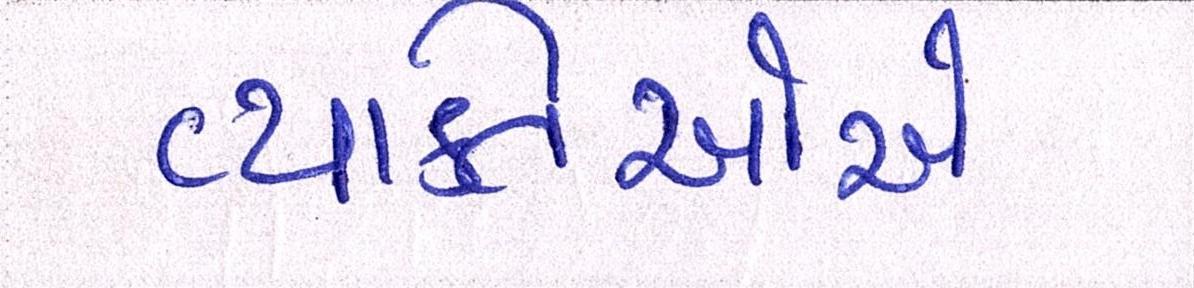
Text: વ્યક્તિઓએ